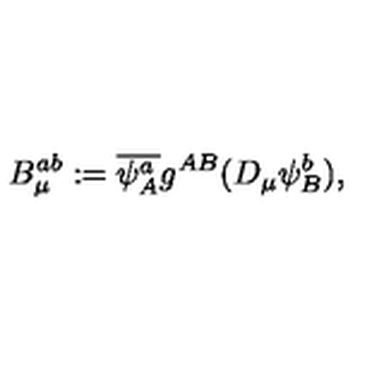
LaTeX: B _ { \mu } ^ { a b } : = \overline { { \psi _ { A } ^ { a } } } g ^ { A B } ( D _ { \mu } \psi _ { B } ^ { b } ) ,